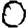
Digit: 0